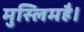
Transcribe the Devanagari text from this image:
मुस्लिमहै।